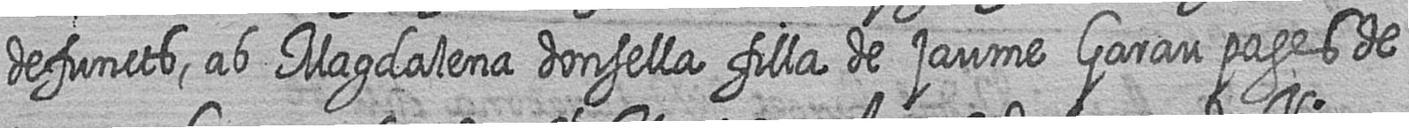
defuncts ab Magdalena donsella filla de jaume Garau pages de